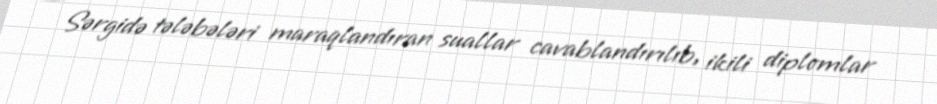
Sərgidə tələbələri maraqlandıran suallar cavablandırılıb, ikili diplomlar